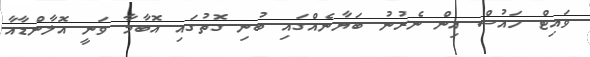
ވައިޓް ހައުސް އިން ނެރުނު ބަޔާނެއްގައި ބުނި ގޮތުގައި އޮބާމާ ވަނީ އޮލާންޑާއާ